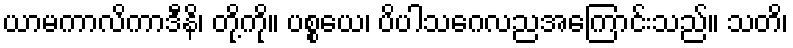
ယာမကာလိကာဒီနိ၊ တို့ကို။ ပစ္စယေ၊ ပိပါသဂေလညအကြောင်းသည်။ သတိ၊